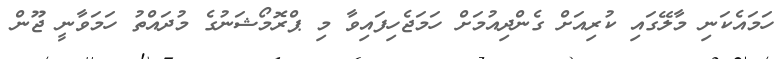
ހަމައެކަނި މާލޭގައި ކުރިއަށް ގެންދިއުމަށް ހަމަޖެހިފައިވާ މި ޕްރޮމޯޝަނުގެ މުދައްތު ހަމަވާނީ ޖޫން